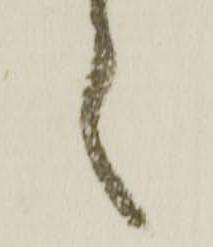
之